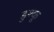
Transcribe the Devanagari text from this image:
डुश्कू